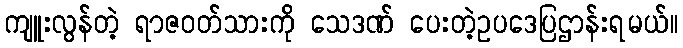
ကျူးလွန်တဲ့ ရာဇဝတ်သားကို သေဒဏ် ပေးတဲ့ဥပဒေပြဌာန်းရမယ်။